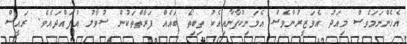
އެހެންނަމަވެސް މިއަދު އެވަޒީރުންވެސް އެމަނިކުފާނާއިއެކު ތިބިތޯ ބައެއް ފަރާތްތަކުން ސުވާލު އުފައްދައެވެ. ރައީސް